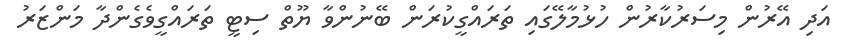
އަދި އޭރުން މިސަރުކާރުން ހުޅުމާލޭގައި ތަރައްގީކުރަން ބޭނުންވާ ޔޫތް ސިޓީ ތަރައްގީވެގެންދާ މަންޒަރު